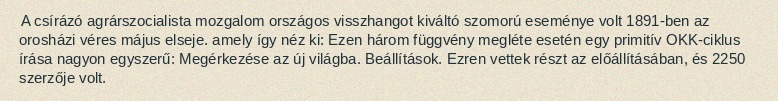
A csírázó agrárszocialista mozgalom országos visszhangot kiváltó szomorú eseménye volt 1891-ben az orosházi véres május elseje. amely így néz ki: Ezen három függvény megléte esetén egy primitív OKK-ciklus írása nagyon egyszerű: Megérkezése az új világba. Beállítások. Ezren vettek részt az előállításában, és 2250 szerzője volt.